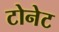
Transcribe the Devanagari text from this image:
टोनेट